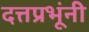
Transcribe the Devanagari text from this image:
दत्तप्रभूंनी